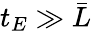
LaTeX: t_{E}\gg\bar{L}